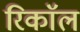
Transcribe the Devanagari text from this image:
रिकाॅल